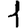
Digit: 1